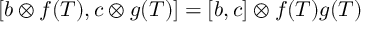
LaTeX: [ b \otimes f ( T ) , c \otimes g ( T ) ] = [ b , c ] \otimes f ( T ) g ( T )